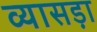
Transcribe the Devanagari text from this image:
व्यासड़ा